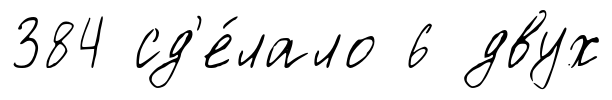
384 сд'е́лало 6 двух